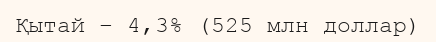
Қытай – 4,3% (525 млн доллар)